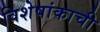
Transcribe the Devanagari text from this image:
विशेषांकाची